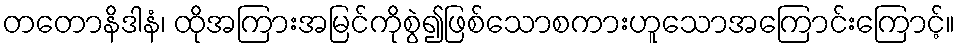
တတောနိဒါနံ၊ ထိုအကြားအမြင်ကိုစွဲ၍ဖြစ်သောစကားဟူသောအကြောင်းကြောင့်။